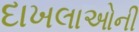
દાખલાઓની